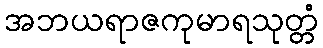
အဘယရာဇကုမာရသုတ္တံ